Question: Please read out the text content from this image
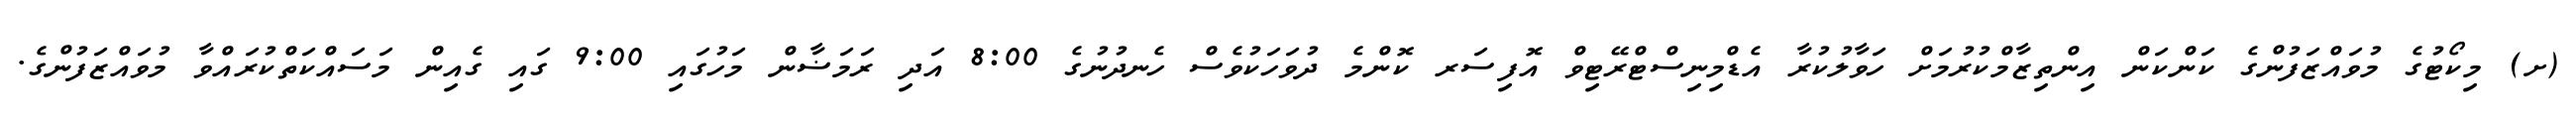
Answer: (ށ) މިކޯޓުގެ މުވައްޒަފުންގެ ކަންކަން އިންތިޒާމްކުރުމަށް ހަވާލުކުރާ އެޑްމިނިސްޓްރޭޓިވް އޮފިސަރ ކޮންމެ ދުވަހަކުވެސް ހެނދުނުގެ 8:00 އަދި ރަމަޟާން މަހުގައި 9:00 ގައި ގެއިން މަސައްކަތްކުރައްވާ މުވައްޒަފުންގެ.